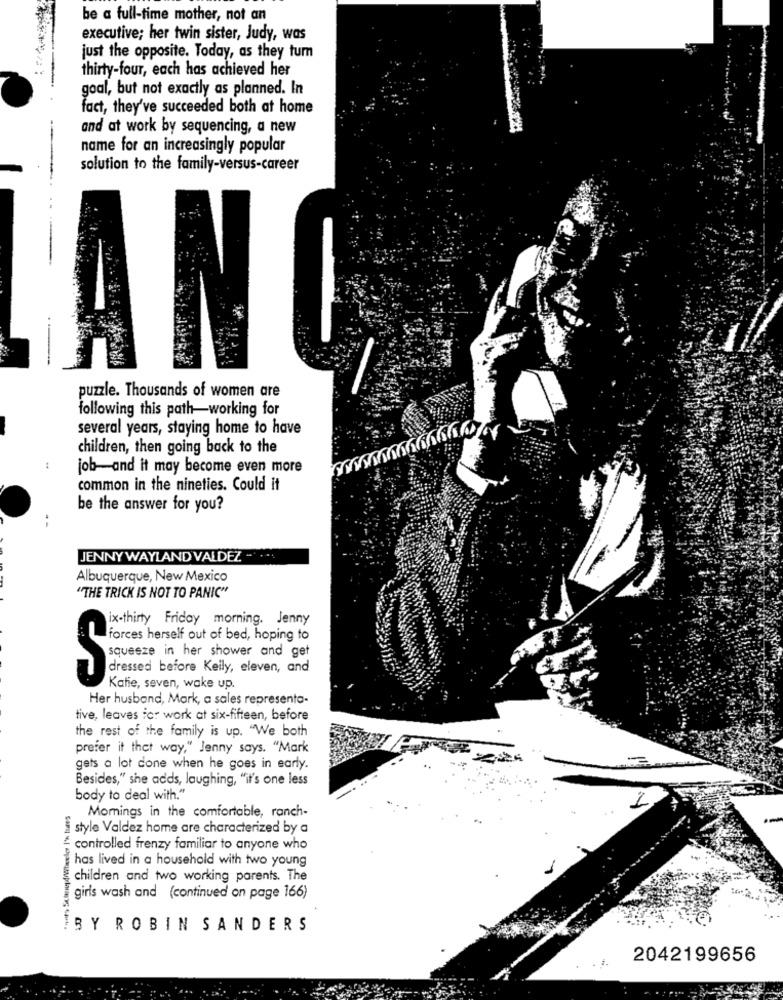
be a full-time mother, not an
executive; her twin sister, Judy, was
just the opposite. Today, as they tum
thirty-four, each has achieved her
goal, but not exactly as planned. In
fact, they've succeeded both at home
and at work by sequencing, a new
name for an increasingly popular
solution to the family-versus-career
ANO
puzzle. Thousands of women are
following this path-working for
several years, staying home to have
children, then going back to the
job-and it may become even more
common in the nineties. Could it
be the answer for you?
JENNY WAYLAND VALDEZ ....
Albuquerque, New Mexico
"THE TRICK IS NOT TO PANIC"
ix-thirty Friday morning. Jenny
forces herself out of bed, hoping to
squeeze in her shower and get
dressed before Keily, eleven, and
Katie, seven, wake up
Her husband, Mark, a sales representa-
tive, leaves ict work at six-fifteen, before
the rest of the family is up. "We both
prefer it that way," Jenny says. "Mark
gets a lot done when he goes in early.
Besides," she adds, laughing, "it's one less
body to deal with."
2
Momings in the comfortable, ranch-
style Valdez home are characterized by a
controlled frenzy familiar to anyone who
has lived in a household with two young
children and two working parents. The
girls wash and (continued on page 166)
BY ROBIN SANDERS
2042199656